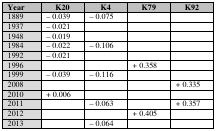
| Year | K20 | K4 | K79 | K92 |
 | --- | --- | --- | --- | --- |
 | 1889 | −0.039 | −0.075 |  |  |
 | 1937 | −0.021 |  |  |  |
 | 1948 | −0.019 |  |  |  |
 | 1984 | −0.022 | −0.106 |  |  |
 | 1992 | −0.021 |  |  |  |
 | 1996 |  | +0.358 |  |  |
 | 1999 | −0.039 | −0.116 |  |  |
 | 2008 |  |  |  | +0.335 |
 | 2010 | +0.006 |  |  |  |
 | 2011 |  | −0.063 |  | +0.357 |
 | 2012 |  |  | +0.405 |  |
 | 2013 |  | −0.064 |  |  |